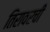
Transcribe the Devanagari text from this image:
तिरावरची